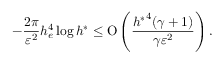
- \frac { 2 \pi } { \varepsilon ^ { 2 } } h _ { e } ^ { 4 } \log { h ^ { \ast } } \leq \ensuremath { \operatorname { O } \left( \frac { { h ^ { \ast } } ^ { 4 } ( \gamma + 1 ) } { \gamma \varepsilon ^ { 2 } } \right) } .